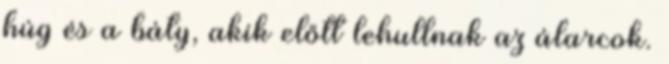
húg és a báty, akik előtt lehullnak az álarcok.